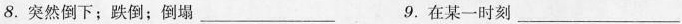
8.突然倒下；跌倒；倒塌___9.在某一时刻___